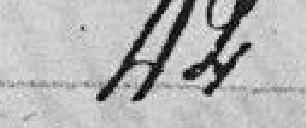
42